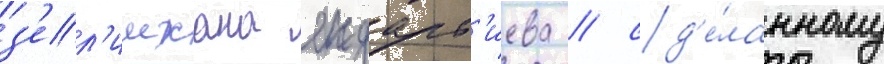
з'ел'имхана яндарб'иева / сд'е́ланному